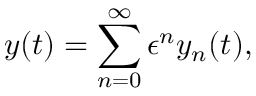
y ( t ) = \sum _ { n = 0 } ^ { \infty } \epsilon ^ { n } y _ { n } ( t ) ,